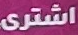
اشترى